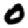
Digit: 0